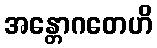
အန္တောဂတေဟိ